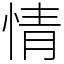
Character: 情